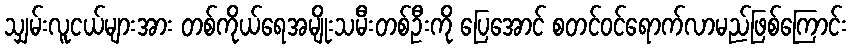
သျှမ်းလူငယ်များအား တစ်ကိုယ်ရေအမျိုးသမီးတစ်ဦးကို ပြေအောင် စတင်ဝင်ရောက်လာမည်ဖြစ်ကြောင်း